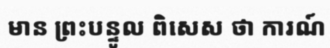
មាន ព្រះបន្ទូល ពិសេស ថា ការណ៍